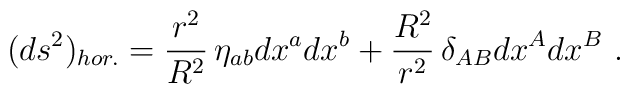
(ds^2)_{hor.} = \frac{r^2}{R^2}\,\eta_{ab}dx^a dx^b +\frac{R^2}{r^2}\,\delta_{AB}dx^A dx^B\ .